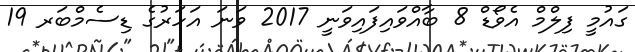
ގައުމީ ފިލްމް އެވޯޑް 8 ބާއްވައިފައިވަނީ 2017 ވަނަ އަހަރުގެ ޑިސެމްބަރ 19